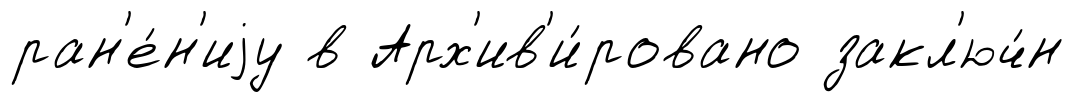
ран'е́н'иjу в Арх'ив'и́ровано закл'юч́н